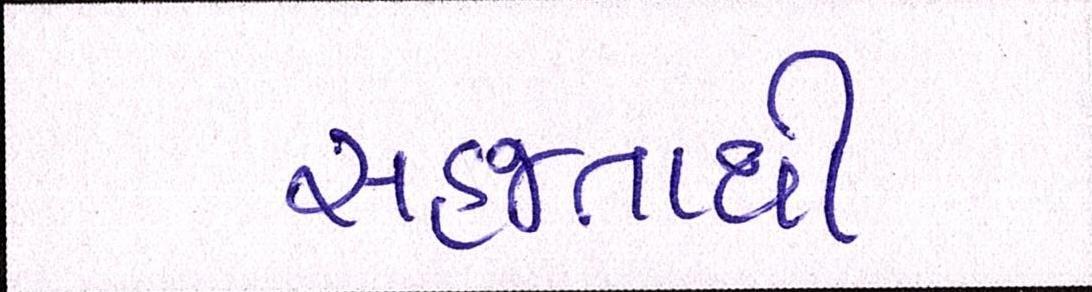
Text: સહજતાથી